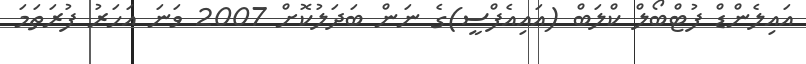
އައިލެންޑް ފުޓްބޯލް ކްލަބް (އައިއެފްސީ)ގެ ނަން ބަދަލުކޮށް 2007 ވަނަ އަހަރު ފުރަތަމަ